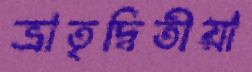
ভ্রাতৃদ্বিতীয়া